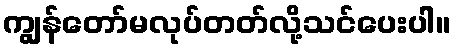
ကျွန်တော်မလုပ်တတ်လို့သင်ပေးပါ။